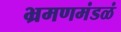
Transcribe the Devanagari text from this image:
भ्रमणमंडळं